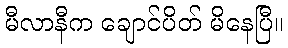
မီလာနီက ချောင်ပိတ် မိနေပြီ။